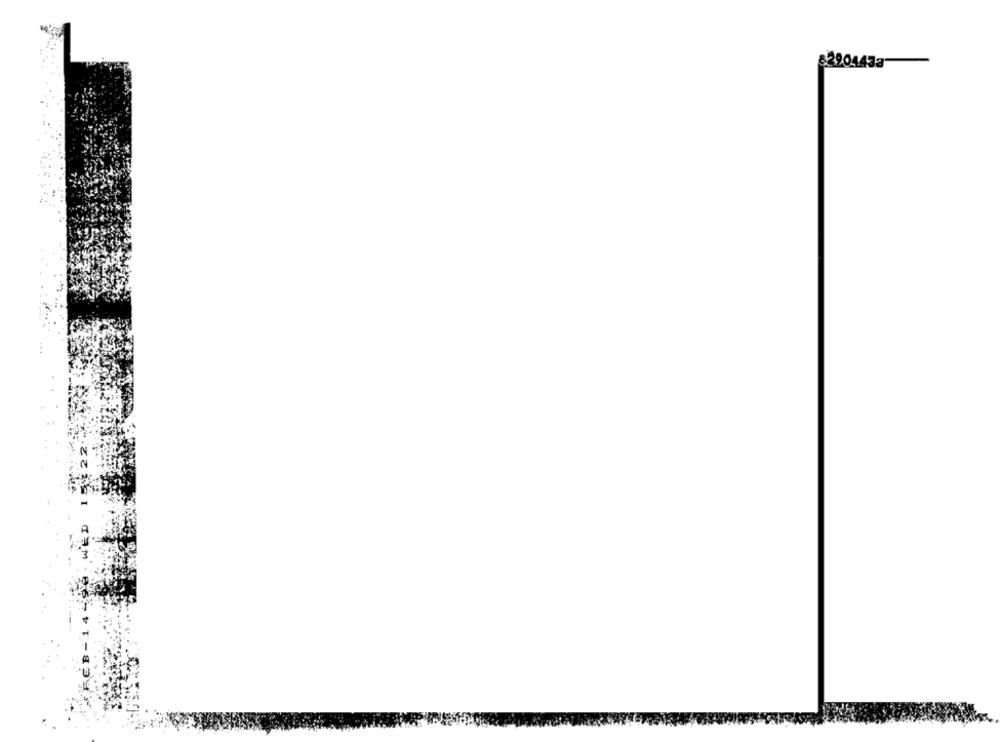
$290443a-